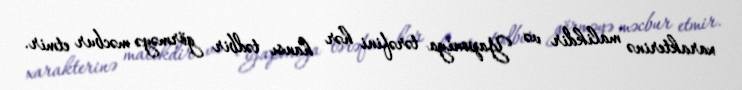
xarakterinə malikdir və Yaponiya tərəfini hər hansı tədbir görməyə məcbur etmir.